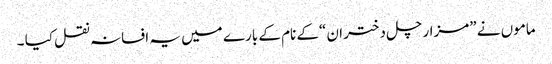
ماموں نے ”مزار چل دختر ان “کے نام کے بارے میں یہ افسانہ نقل کیا ۔